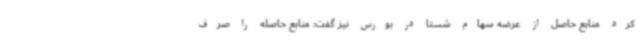
کرد منابع حاصل از عرضه سهام شستا در بورس نیز گفت: منابع حاصله را صرف